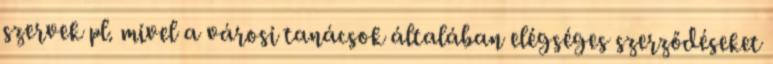
szervek pl. mivel a városi tanácsok általában elégséges szerződéseket